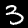
Digit: 3